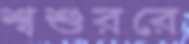
শ্বশুররে